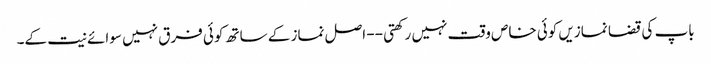
باپ کی قضا نمازیں کوئی خاص وقت نہیں رکھتی -- اصل نماز کے ساتھ کوئی فرق نہیں سوائے نیت کے۔